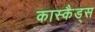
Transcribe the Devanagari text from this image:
कास्कैड्स